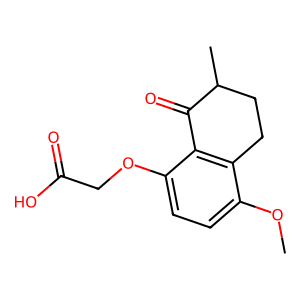
SMILES: COc1ccc(OCC(=O)O)c2c1CCC(C)C2=O
Inhibits HIV replication: No